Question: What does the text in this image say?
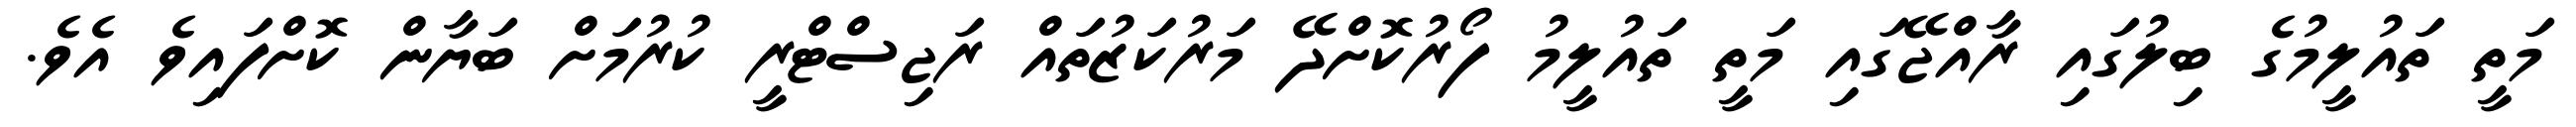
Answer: މަތީ ތައުލީމުގެ ބިލުގައި ރާއްޖޭގައި މަތީ ތައުލީމު ފޯރުކޮށްދޭ މަރުކަޒުތައް ރަޖިސްޓްރީ ކުރުމަށް ބަޔާން ކޮށްފައިވެ އެވެ.